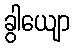
ခွါယျော